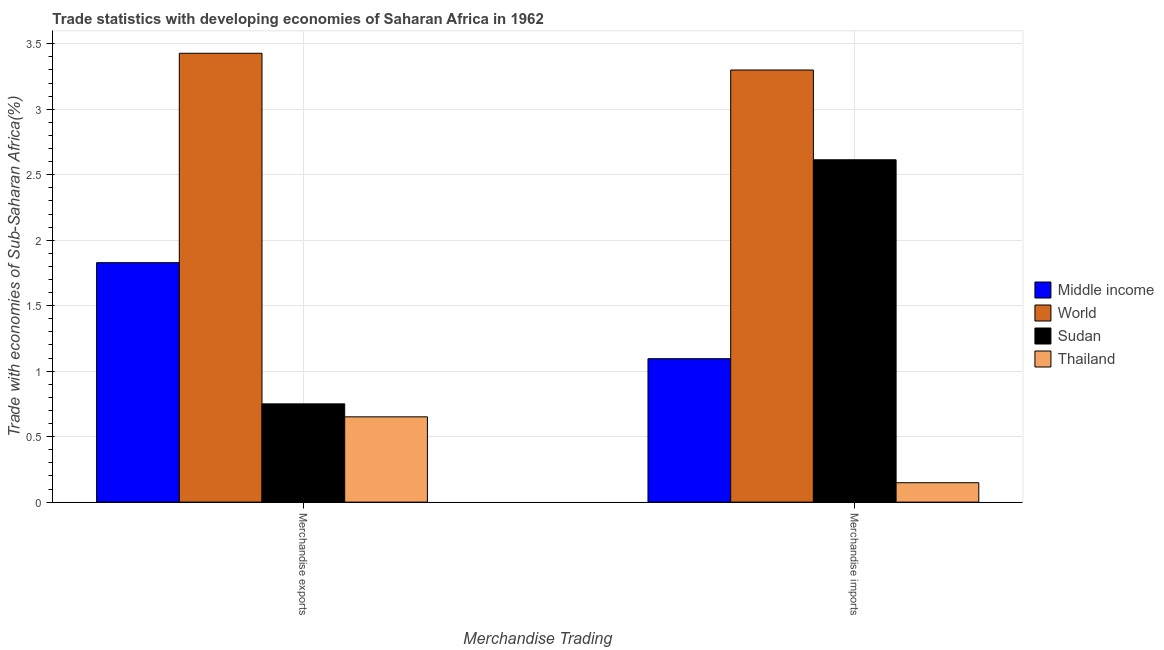
| Merchandise Trading | Middle income | World | Sudan | Thailand |
 | --- | --- | --- | --- | --- |
 | Merchandise exports | 1.83 | 3.43 | 0.75 | 0.651 |
 | Merchandise imports | 1.1 | 3.3 | 2.61 | 0.148 |